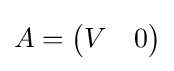
A={\begin{pmatrix}V&0\end{pmatrix}}